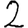
Digit: 2